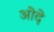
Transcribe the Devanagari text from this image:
ओदे